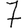
Digit: 7